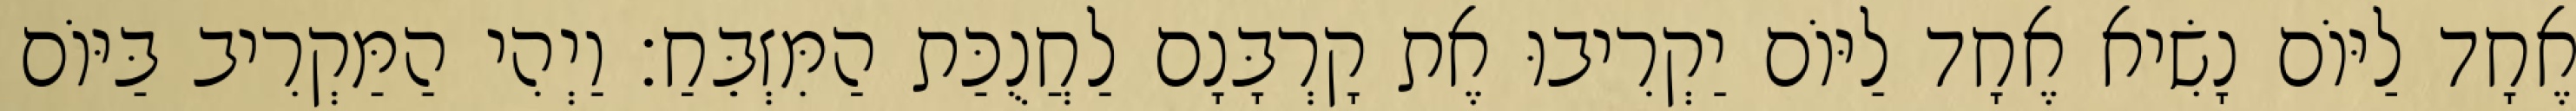
אֶחָד לַיּוֹם נָשִׂיא אֶחָד לַיּוֹם יַקְרִיבוּ אֶת קָרְבָּנָם לַחֲנֻכַּת הַמִּזְבֵּחַ׃ וַיְהִי הַמַּקְרִיב בַּיּוֹם